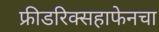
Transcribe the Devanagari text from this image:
फ्रीडरिक्सहाफेनचा